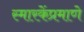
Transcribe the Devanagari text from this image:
स्मारकेंप्रमाणे